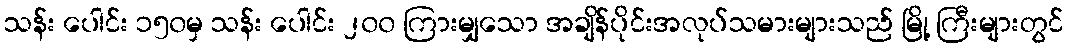
သန်း ပေါင်း ၁၅၀မှ သန်း ပေါင်း ၂၀၀ ကြားမျှသော အချိန်ပိုင်းအလုပ်သမားများသည် မြို့ ကြီးများတွင်